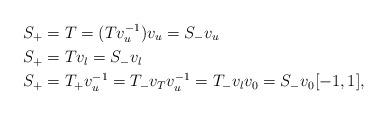
LaTeX: \begin{align*}S_+ &= T = (Tv_u^{-1}) v_u=S_- v_u \\S_+ &= Tv_l=S_-v_l \\S_+ &= T_+ v_u^{-1}=T_- v_T v_u^{-1} =T_- v_l v_0=S_- v_0 [-1,1],\end{align*}